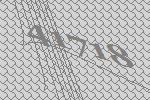
41718